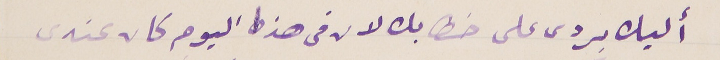
أليك بردى على خطابك لان فى هذا اليوم كان عندى